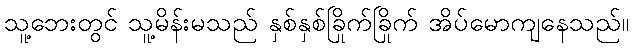
သူ့ဘေးတွင် သူ့မိန်းမသည် နှစ်နှစ်ခြိုက်ခြိုက် အိပ်မောကျနေသည်။